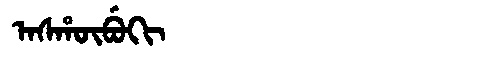
Manchu: ᠠᠰᡥᡡᠪᡠᡴᡳ
Romanization: ASHŪBUKI